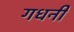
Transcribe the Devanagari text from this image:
गधनी